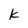
Character: k